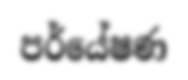
පර්යේෂණ